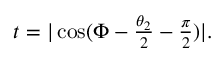
\begin{array} { r } { t = | \cos ( \Phi - \frac { \theta _ { 2 } } { 2 } - \frac { \pi } { 2 } ) | . } \end{array}